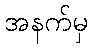
အနက်မှ